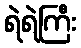
ရဲရဲကြီး